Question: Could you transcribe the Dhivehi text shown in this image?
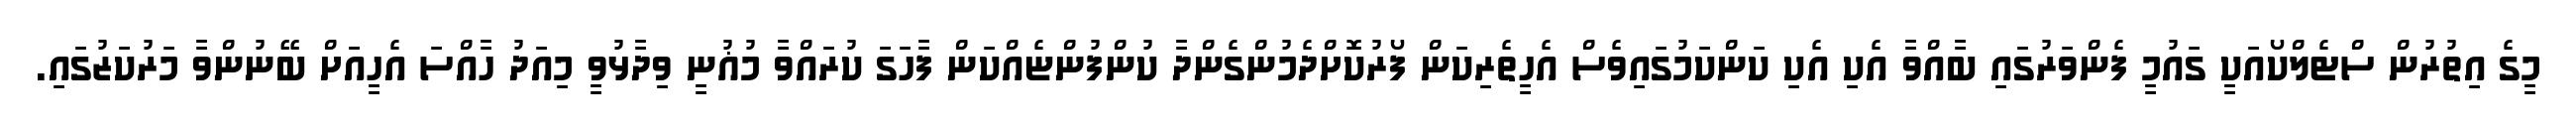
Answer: މީގެ އިތުރުން ސްޓެލްކޯއަކީ ގައުމީ ފެންވަރުގައި ބާއްވާ އެކި އެކި ކަންކަމުގައިވެސް އެހީތެރިކަން ފޯރުކޮށްދެމުންގެންދާ ކުންފުންޏެއްކަން ފާހަގަ ކުރައްވާ މުޣުނީ ވިދާޅުވީ މިއަދު ހާއްސަ އެހީއަށް ބޭނުންވާ މަރުކަޒުގައި.